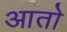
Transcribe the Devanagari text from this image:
आताे